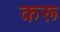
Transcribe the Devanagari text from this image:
करू